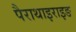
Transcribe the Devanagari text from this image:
पैराथाइराइङ